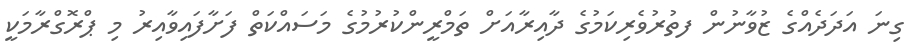
ގިނަ އަދަދެއްގެ ޒުވާނުން ފތުރުވެރިކަމުގެ ދާއިރާއަށް ތަމްރީންކުރުމުގެ މަސައްކަތް ފަށާފައިވާއިރު މި ޕްރޮގްރާމަކީ